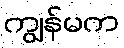
ကျွန်မက